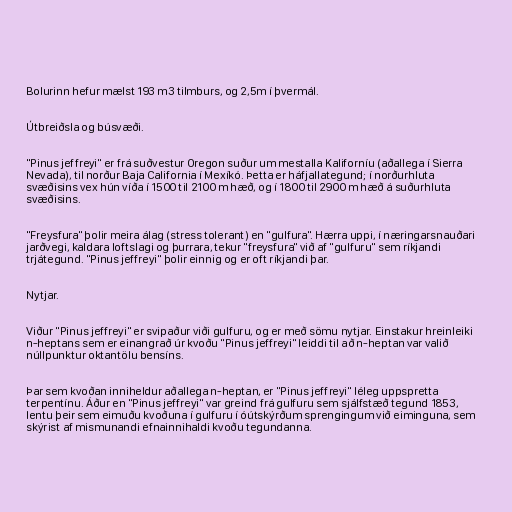
Bolurinn hefur mælst 193 m3 tilmburs, og 2,5m í þvermál.

Útbreiðsla og búsvæði.

"Pinus jeffreyi" er frá suðvestur Oregon suður um mestalla Kaliforníu (aðallega í Sierra
Nevada), til norður Baja California í Mexíkó. Þetta er háfjallategund; í norðurhluta
svæðisins vex hún víða í 1500 til 2100 m hæð, og í 1800 til 2900 m hæð á suðurhluta
svæðisins.

"Freysfura" þolir meira álag (stress tolerant) en "gulfura". Hærra uppi, í næringarsnauðari
jarðvegi, kaldara loftslagi og þurrara, tekur "freysfura" við af "gulfuru" sem ríkjandi
trjátegund. "Pinus jeffreyi" þolir einnig og er oft ríkjandi þar.

Nytjar.

Viður "Pinus jeffreyi" er svipaður viði gulfuru, og er með sömu nytjar. Einstakur hreinleiki
n-heptans sem er einangrað úr kvoðu "Pinus jeffreyi" leiddi til að n-heptan var valið
núllpunktur oktantölu bensíns.

Þar sem kvoðan inniheldur aðallega n-heptan, er "Pinus jeffreyi" léleg uppspretta
terpentínu. Áður en "Pinus jeffreyi" var greind frá gulfuru sem sjálfstæð tegund 1853,
lentu þeir sem eimuðu kvoðuna í gulfuru í óútskýrðum sprengingum við eiminguna, sem
skýrist af mismunandi efnainnihaldi kvoðu tegundanna.